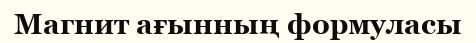
Магнит ағынның формуласы